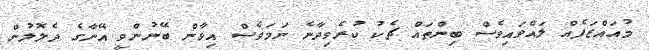
މުއައްޒަފެއް ލައްވައިވެސް ބިންތައް ޗެކު ކުރެވިދާނެ ނަމަވެސް އިވާން ބޭނުންވީ އޭނާގެ ދެލޮލުން